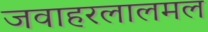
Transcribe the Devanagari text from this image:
जवाहरलालमल